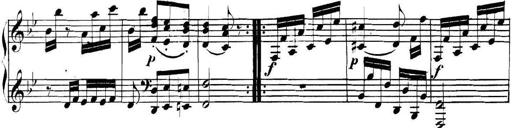
Title: Collected Piano Sonatas
Composer: Muzio Clementi